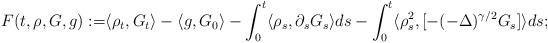
LaTeX: \begin{align*}F(t, \rho,G, g):= & \langle \rho_t, G_t\rangle - \langle g, G_0\rangle - \int_0^t \langle \rho_s, \partial_s G_s\rangle ds- \int_0^t \langle \rho^2_s, [-(- \Delta)^{\gamma/2} G_s]\rangle ds; \end{align*}